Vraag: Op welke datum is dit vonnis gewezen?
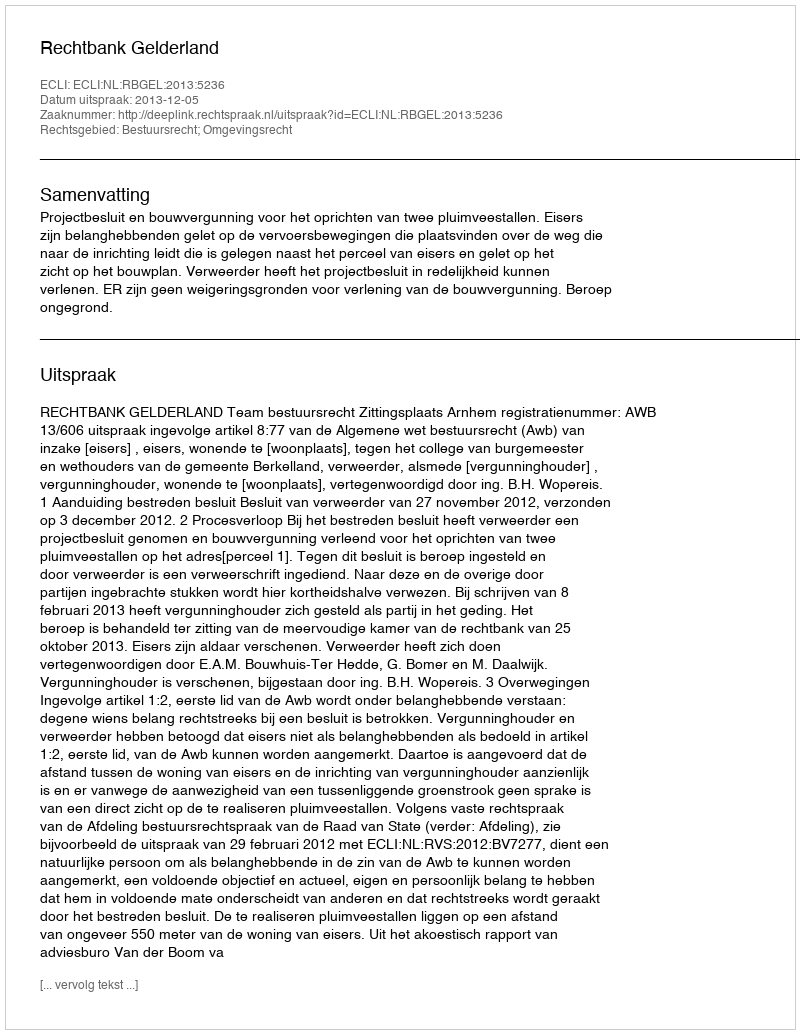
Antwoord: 2013-12-05